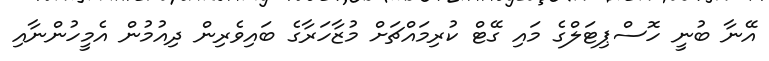
އޭނާ ބުނީ ހޮސްޕިޓަލްގެ މައި ގޭޓް ކުރިމައްޗަށް މުޒާހަރާގެ ބައިވެރިން ދިއުމުން އެމީހުންނާއި